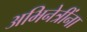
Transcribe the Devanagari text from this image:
अभिनेत्रींना